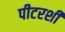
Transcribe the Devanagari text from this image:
पीटरशी